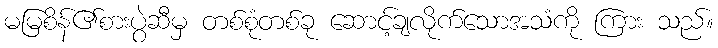
မမြစိန်၏စားပွဲဆီမှ တစ်စုံတစ်ခု ဆောင့်ချလိုက်သောအသံကို ကြား သည်။